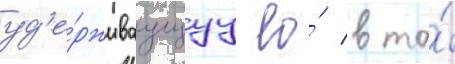
уд'е́рживаущуу ео́ в та́